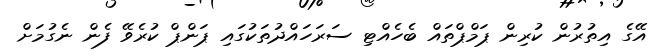
އޭގެ އިތުރުން ކުރިން ޕަމްޕްތައް ބެހެއްޓި ސަރަހައްދުތަކުގައި ޕަންޕް ކުރެވޭ ފެން ނެގުމަށް